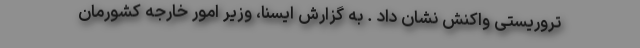
تروریستی واکنش نشان داد . به گزارش ایسنا، وزیر امور خارجه کشورمان